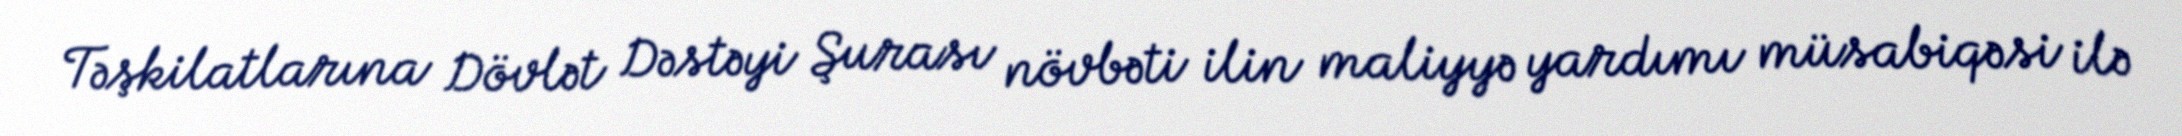
Təşkilatlarına Dövlət Dəstəyi Şurası növbəti ilin maliyyə yardımı müsabiqəsi ilə